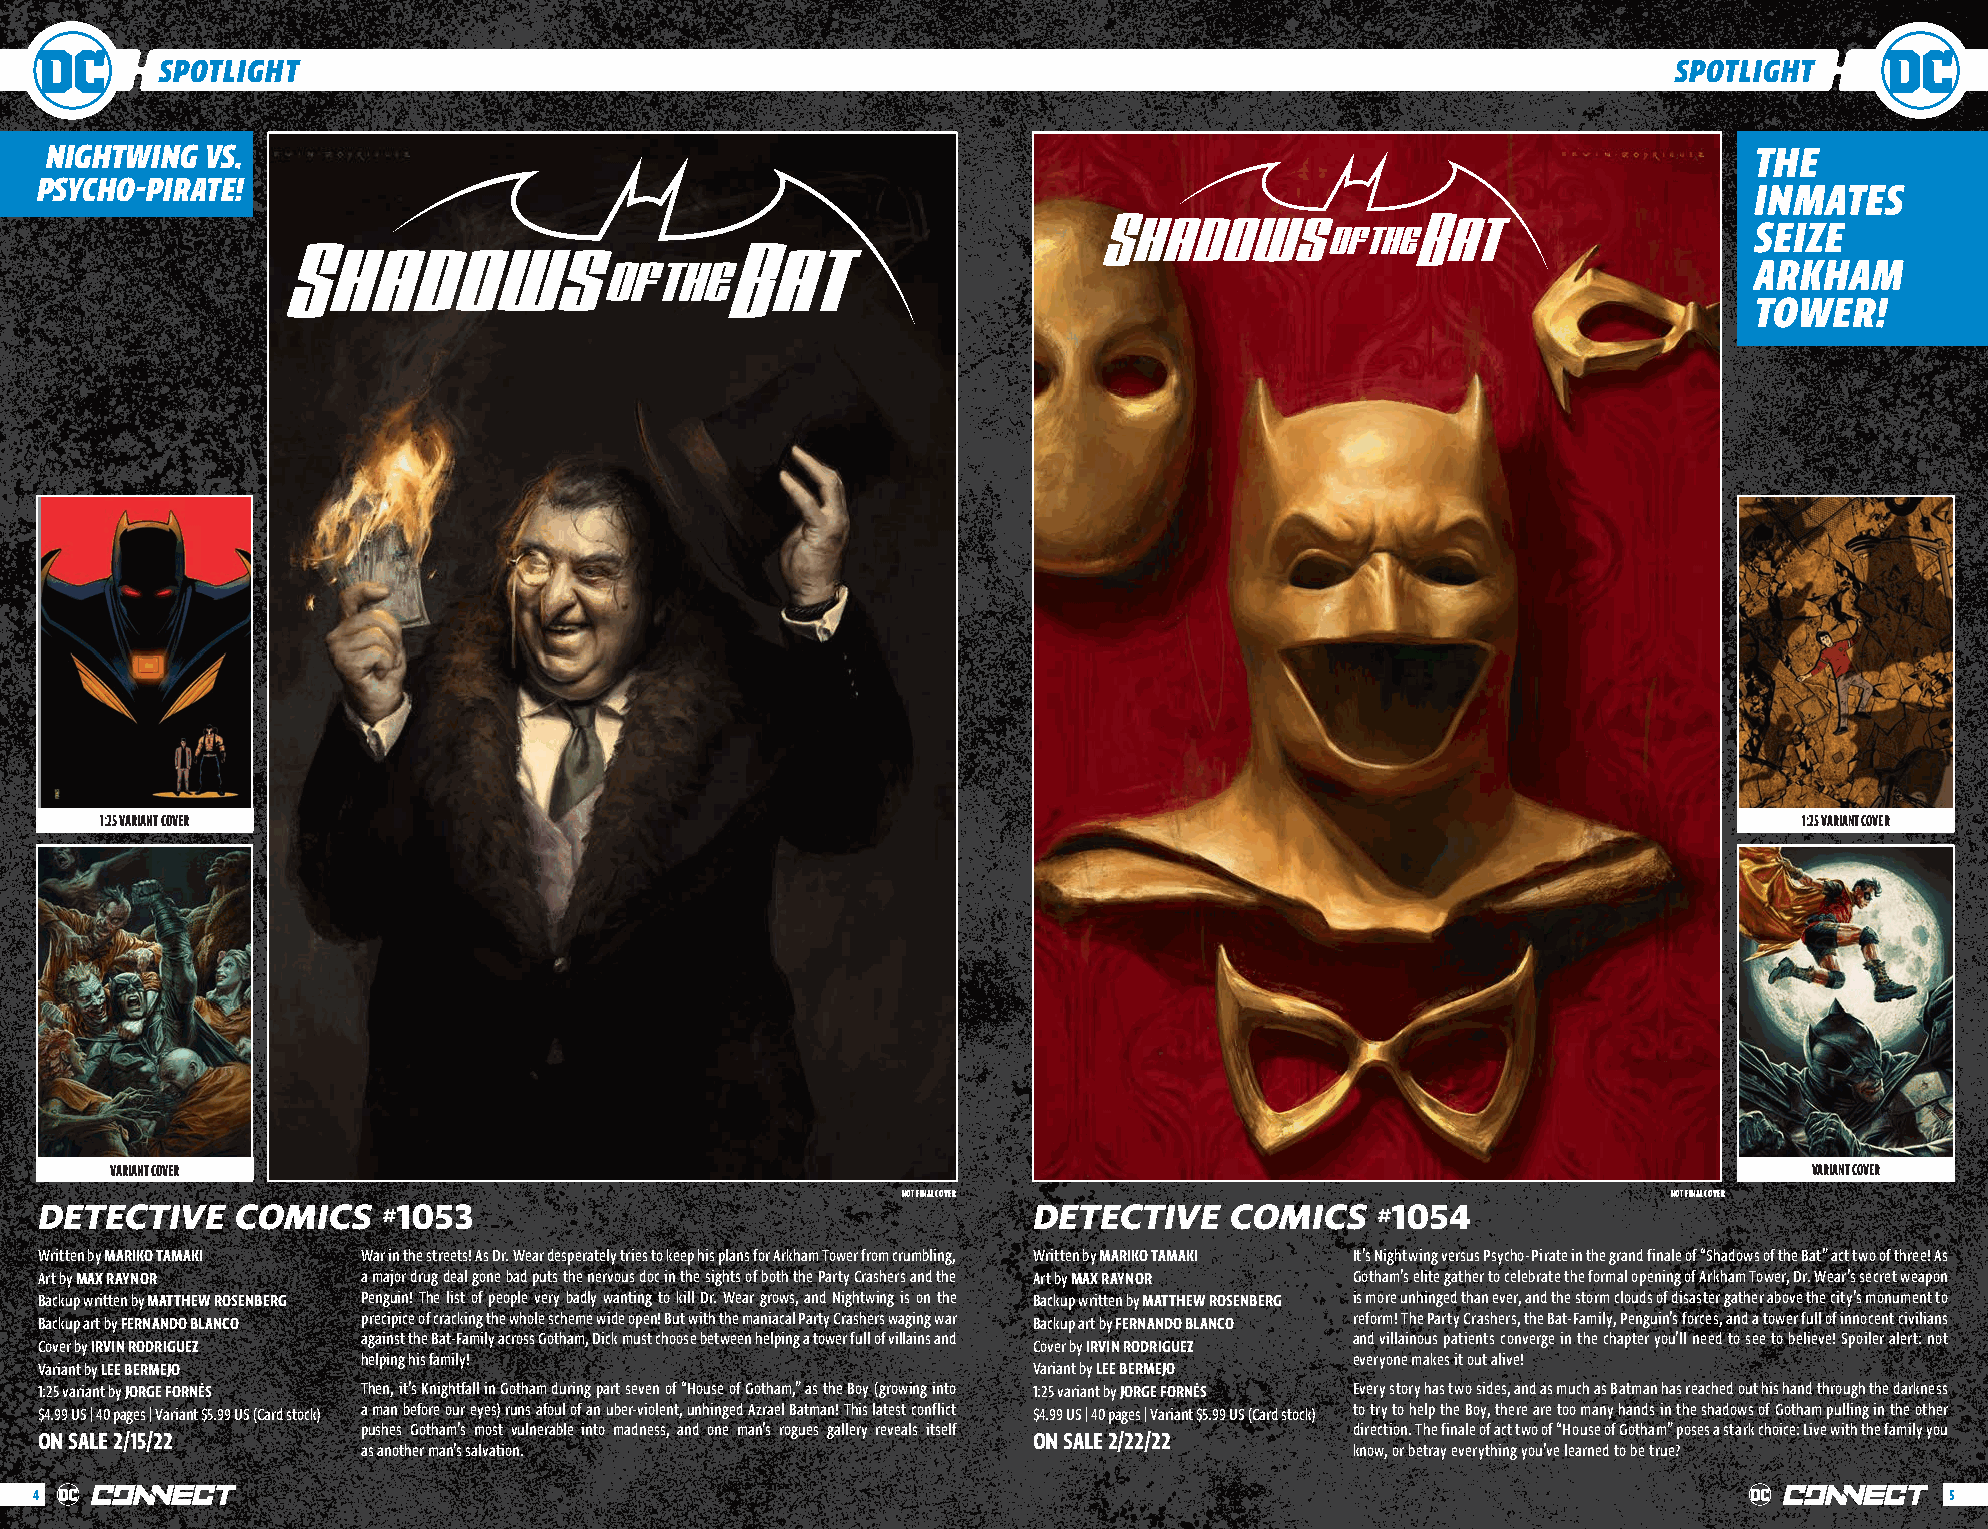
SPOTLIGHT                                                                                           SPOTLIGHT
 NIGHTWING  VS.                                                                                                   THE
 PSYCHO-PIRATE!                                                                                                    INMATES
 SEIZE
 ARKHAM
 TOWER!
 1:25 VARIANT COVER                                                                                              1:25 VARIANT COVER
 VARIANT COVER                                                                                                    VARIANT COVER
 NOT FINAL COVER                                    NOT FINAL COVER
 DETECTIVE    COMICS    1053                                      DETECTIVE    COMICS     1054
 #                                                                 #
 Written by MARIKO TAMAKI War in the streets! As Dr. Wear desperately tries to keep his plans for Arkham Tower from crumbling, Written by MARIKO TAMAKI It’s Nightwing versus Psycho-Pirate in the grand finale of “Shadows of the Bat” act two of three! As
 Art by MAX RAYNOR    a major drug deal gone bad puts the nervous doc in the sights of both the Party Crashers and the Art by MAX RAYNOR Gotham’s elite gather to celebrate the formal opening of Arkham Tower, Dr. Wear’s secret weapon
 Backup written by MATTHEW ROSENBERG Penguin! The list of people very badly wanting to kill Dr. Wear grows, and Nightwing is on the Backup written by MATTHEW ROSENBERG is more unhinged than ever, and the storm clouds of disaster gather above the city’s monument to
 Backup art by FERNANDO BLANCO precipice of cracking the whole scheme wide open! But with the maniacal Party Crashers waging war Backup art by FERNANDO BLANCO reform! The Party Crashers, the Bat-Family, Penguin’s forces, and a tower full of innocent civilians
 against the Bat-Family across Gotham, Dick must choose between helping a tower full of villains and and villainous patients converge in the chapter you’ll need to see to believe! Spoiler alert: not
 Cover by IRVIN RODRIGUEZ                                         Cover by IRVIN RODRIGUEZ
 helping his family!                                               everyone makes it out alive!
 Variant by LEE BERMEJO                                           Variant by LEE BERMEJO
 1:25 variant by JORGE FORNÉS Then, it’s Knightfall in Gotham during part seven of “House of Gotham,” as the Boy (growing into 1:25 variant by JORGE FORNÉS Every story has two sides, and as much as Batman has reached out his hand through the darkness
 $4.99 US | 40 pages | Variant $5.99 US (Card stock) a man before our eyes) runs afoul of an uber-violent, unhinged Azrael Batman! This latest conflict $4.99 US | 40 pages | Variant $5.99 US (Card stock) to try to help the Boy, there are too many hands in the shadows of Gotham pulling in the other
 pushes Gotham’s most vulnerable into madness, and one man’s rogues gallery reveals itself direction. The finale of act two of “House of Gotham” poses a stark choice: Live with the family you
 ON SALE 2/15/22                                                  ON SALE 2/22/22
 as another man’s salvation.                                       know, or betray everything you’ve learned to be true?
 4                                                                                                                              5